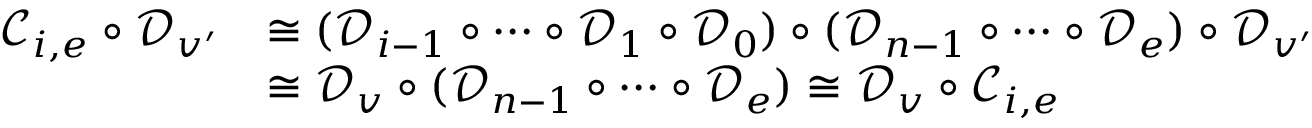
\begin{array} { r l } { \mathscr C _ { i , e } \circ \mathscr D _ { v ^ { \prime } } } & { \cong ( \mathscr D _ { i - 1 } \circ \cdots \circ \mathscr D _ { 1 } \circ \mathscr D _ { 0 } ) \circ ( \mathscr D _ { n - 1 } \circ \cdots \circ \mathscr D _ { e } ) \circ \mathscr D _ { v ^ { \prime } } } \\ & { \cong \mathscr D _ { v } \circ ( \mathscr D _ { n - 1 } \circ \cdots \circ \mathscr D _ { e } ) \cong \mathscr D _ { v } \circ \mathscr C _ { i , e } } \end{array}